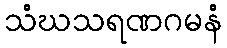
သံဃသရဏဂမနံ